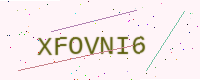
Text: XFOVNI6